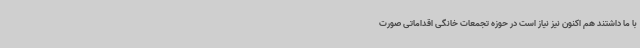
با ما داشتند هم اکنون نیز نیاز است در حوزه تجمعات خانگی اقداماتی صورت